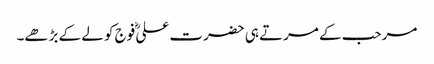
مرحب کے مرتے ہی حضرت علیؓ فوج کو لے کے بڑھے۔